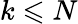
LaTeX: k\leqslant N